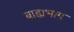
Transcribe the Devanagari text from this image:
बाह्यभाग